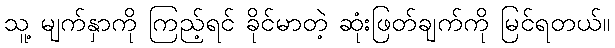
သူ့ မျက်နှာကို ကြည့်ရင် ခိုင်မာတဲ့ ဆုံးဖြတ်ချက်ကို မြင်ရတယ်။